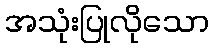
အသုံးပြုလိုသော